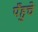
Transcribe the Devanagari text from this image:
पँहुचे